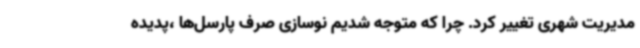
مدیریت شهری تغییر کرد. چرا که متوجه شدیم نوسازی صرف پارسل‌ها ،پدیده